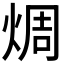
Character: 𪸼